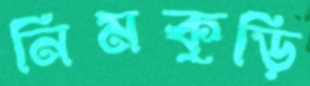
নিমকুড়ি